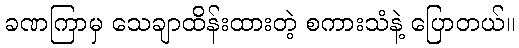
ခဏကြာမှ သေချာထိန်းထားတဲ့ စကားသံနဲ့ ပြောတယ်။